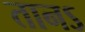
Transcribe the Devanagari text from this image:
तानऽ